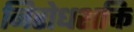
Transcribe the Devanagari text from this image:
निरोधशक्ति